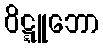
ဝိဋ္ဋူဘော